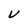
Character: V